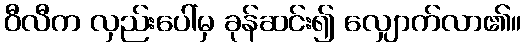
ဝီလီက လှည်းပေါ်မှ ခုန်ဆင်း၍ လျှောက်လာ၏။